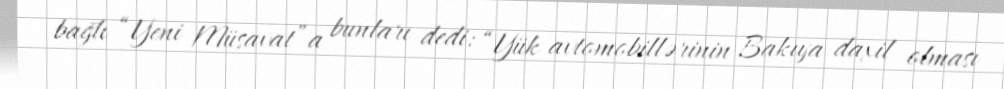
bağlı “Yeni Müsavat”a bunları dedi: “Yük avtomobillərinin Bakıya daxil olması